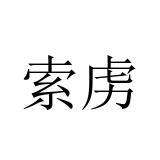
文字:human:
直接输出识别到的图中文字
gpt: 索虏